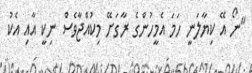
"ނޯ އޭ ކިޔާލަނީ ހަމަ އެމީހުންގެ ރާގަށޭ މިކުއްޖާވެސް ނިކީ އާއި އެކު